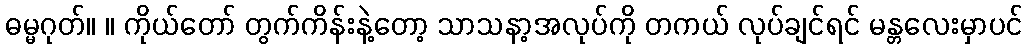
ဓမ္မဂုတ်။ ။ ကိုယ်တော် တွက်ကိန်းနဲ့တော့ သာသနာ့အလုပ်ကို တကယ် လုပ်ချင်ရင် မန္တလေးမှာပင်